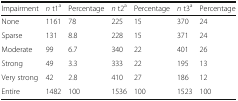
<table><thead><tr><td><b>Impairment</b></td><td><b><i>n</i> t1<sup>a</sup></b></td><td><b>Percentage</b></td><td><b><i>n</i> t2<sup>a</sup></b></td><td><b>Percentage</b></td><td><b><i>n</i> t3<sup>a</sup></b></td><td><b>Percentage</b></td></tr></thead><tbody><tr><td>None</td><td>1161</td><td>78</td><td>225</td><td>15</td><td>370</td><td>24</td></tr><tr><td>Sparse</td><td>131</td><td>8.8</td><td>228</td><td>15</td><td>371</td><td>24</td></tr><tr><td>Moderate</td><td>99</td><td>6.7</td><td>340</td><td>22</td><td>401</td><td>26</td></tr><tr><td>Strong</td><td>49</td><td>3.3</td><td>333</td><td>22</td><td>195</td><td>13</td></tr><tr><td>Very strong</td><td>42</td><td>2.8</td><td>410</td><td>27</td><td>186</td><td>12</td></tr><tr><td>Entire</td><td>1482</td><td>100</td><td>1536</td><td>100</td><td>1523</td><td>100</td></tr></tbody></table>